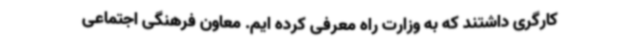
کارگری داشتند که به وزارت راه معرفی کرده ایم. معاون فرهنگی اجتماعی